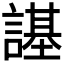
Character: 𧫠